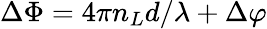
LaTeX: \Delta\Phi=4\pi n_{L}d/\lambda+\Delta\varphi